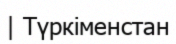
| Түркіменстан